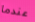
عندما